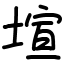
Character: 塇